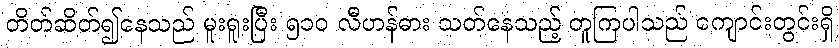
တိတ်ဆိတ်၍နေသည် မူးရူးပြီး ၅၁၀ လီဟန်ဓား သတ်နေသည့် တူကြပါသည် ကျောင်းတွင်းရှိ